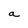
Character: a